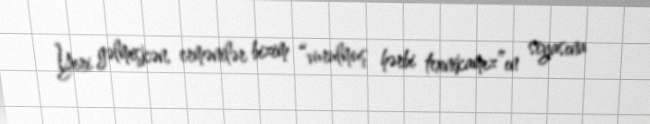
Yeri gəlmişkən, ermənilər bizim “vurulmuş hərbi texnikamız”ın siyasına